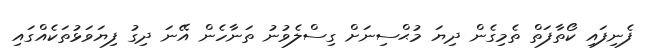
ފެނިފައި ކޯތާފަތް ތެމިގެން ދިޔަ މުޙްސިނަށް ގިސްލެވުނު ތަނާހެން އޭނަ ދިގު ފިޔަވަޅުތަކެއްގައި